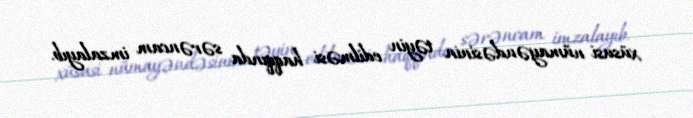
xüsusi nümayəndəsinin təyin edilməsi haqqında sərəncam imzalayıb.